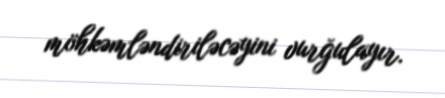
möhkəmləndiriləcəyini vurğulayır.